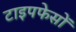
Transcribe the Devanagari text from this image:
टाइपफेसों